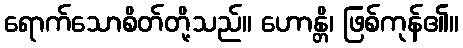
ရောက်သောစိတ်တို့သည်။ ဟောန္တိ၊ ဖြစ်ကုန်၏။